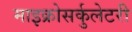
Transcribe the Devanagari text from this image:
माइक्रोसर्कुलेटरी